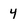
Character: 4